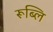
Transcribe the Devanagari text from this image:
रूब्लि